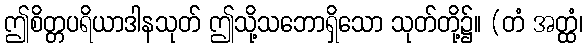
ဤစိတ္တပရိယာဒါနသုတ် ဤသို့သဘောရှိသော သုတ်တို့၌။ (တံ အတ္ထံ၊